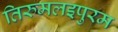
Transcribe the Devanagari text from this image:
तिरुमलइपुरम